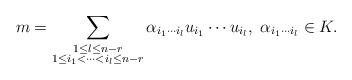
\begin{align*}m&=\sum_{\substack {1\leq l\leq n-r\\ 1\leq i_1<\cdots<i_l\leq n-r}}\alpha_{i_1\cdots i_l} u_{i_1}\cdots u_{i_l},\ \alpha_{i_1\cdots i_l}\in K.\end{align*}